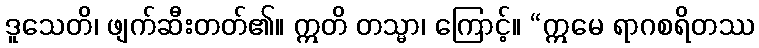
ဒူသေတိ၊ ဖျက်ဆီးတတ်၏။ ဣတိ တသ္မာ၊ ကြောင့်။ “ဣမေ ရာဂစရိတဿ